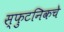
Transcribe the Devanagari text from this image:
स्फुटनिकचे